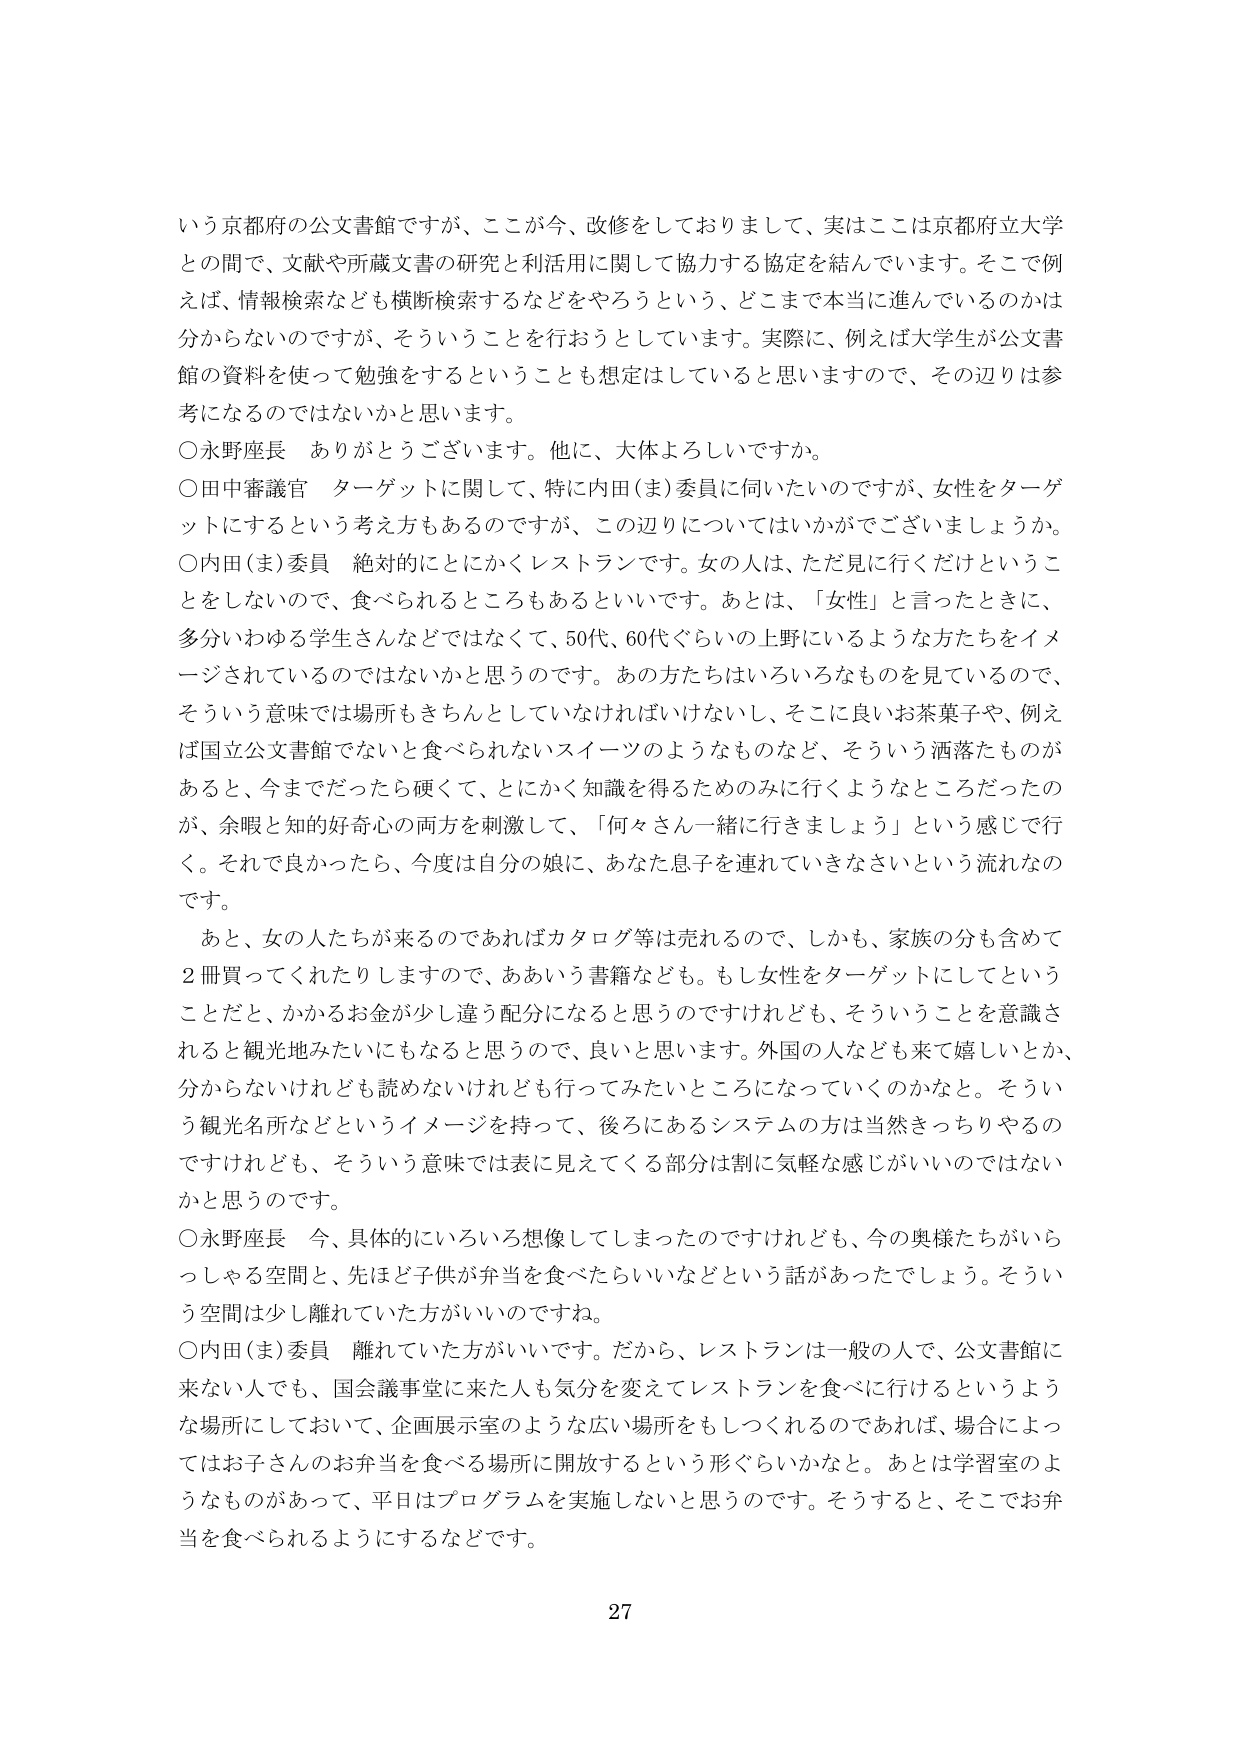
いう京都府の公文書館ですが、ここが今、改修をしておりまして、実はここは京都府立大学との間で、文献や所蔵文書の研究と利活用に関して協力する協定を結んでいます。そこで例えば、情報検索なども横断検索するなどをやろうという、どこまで本当に進んでいるのかは分からないのですが、そういうことを行おうとしています。実際に、例えば大学生が公文書館の資料を使って勉強をするということも想定はしていると思いますので、その辺りは参考になるのではないかと思います。

○永野座長　ありがとうございます。他に、大体よろしいですか。

○田中審議官　ターゲットに関して、特に内田（ま）委員に伺いたいのですが、女性をターゲットにするという考え方もあるのですが、この辺りについてはいかがでございましょうか。

○内田（ま）委員　絶対的にとにかくレストランです。女の人、ただ見に行くだけということをしないので、食べられるところもあるといいです。あとは、「女性」と言ったときに、多分いわゆる学生さんなどではなくて、50代、60代ぐらいの上野にいるような方たちをイメージされているのではないかと思うのです。あの方たちはいろいろなものを見ているので、そういう意味では場所もきちんとしていなければいけないし、そこに良いお茶菓子や、例えば国立公文書館でないと食べられないスイーツのようなものなど、そういう洒落たものがあると、今までだったら硬くて、とにかく知識を得るためのみに行くようなところだったのが、余暇と知的好奇心の両方を刺激して、「何々さん一緒に行きましょう」という感じで行く。それで良かったら、今度は自分の娘に、あなた息子を連れて行きなさいという流れなのです。

　あと、女の人たちが来るのであればカタログ等は売れるので、しかも、家族の分も含めて2冊買ってくれたりしますので、ああいう書籍なども。もし女性をターゲットにしてということだと、かかるお金が少し違う配分になると思うのですけれども、そういうことを意識されると観光地みたいにもなると思うので、良いと思います。外国の人なども来て嬉しいとか、分からないけれども諦めないけれども行ってみたいところになっていくのかなと。そういう観光名所などというイメージを持って、後ろにあるシステムの方は当然きっちりやるのですけれども、そういう意味では表に見えてくる部分は割に気軽な感じがいいのではないかと思うのです。

○永野座長　今、具体的にいろいろ想像してしまったのですけれども、今の奥様たちがいらっしゃる空間と、先ほど子供が弁当を食べたらいいなどという話があったでしょう。そういう空間は少し離れていた方がいいのですね。

○内田（ま）委員　離れていた方がいいです。だから、レストランは一般の人で、公文書館に来ない人でも、国会議事堂に来た人も気分を変えてレストランを食べに行けるというような場所にしておいて、企画展示室のような広い場所をもしつくれるのであれば、場合によってはお子さんのお弁当を食べる場所に開放するという形ぐらいかなと。あとは学習室のようなものがあって、平日はプログラムを実施しないと思うのです。そうすると、そこでお弁当を食べられるようにするなどです。

27